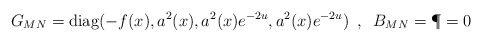
\begin{align*}G_{MN}={\rm diag}(-f(x),a^{2}(x),a^{2}(x)e^{-2u},a^{2}(x)e^{-2u})\,\,\,,\,\,\, B_{MN}=\P=0\end{align*}